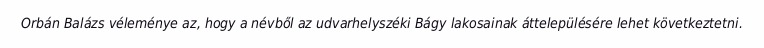
Orbán Balázs véleménye az, hogy a névből az udvarhelyszéki Bágy lakosainak áttelepülésére lehet következtetni.